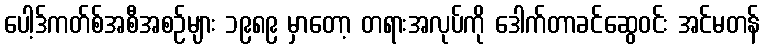
ပေါ့ဒ်ကတ်စ်အစီအစဉ်များ ၁၉၈၉ မှာတော့ တရားအလုပ်ကို ဒေါက်တာခင်ဆွေဝင်း အင်မတန်